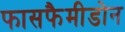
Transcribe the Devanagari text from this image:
फासफैमीडोन